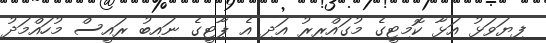
ފިޔަވަޅު އަޅާ ކޮމިޓީގެ މުގައްރިރު އަދި އެ ޕާޓީގެ ނައިބު ރައީސް މުހައްމަދު